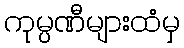
ကုမ္ပဏီများထံမှ